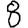
Digit: 8